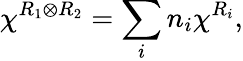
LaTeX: \chi^{R_{1}\otimes R_{2}}=\sum_{i}n_{i}\chi^{R_{i}},